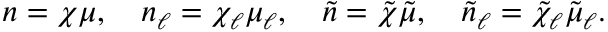
n = \chi \mu , \quad n _ { \ell } = \chi _ { \ell } \mu _ { \ell } , \quad \tilde { n } = \tilde { \chi } \tilde { \mu } , \quad \tilde { n } _ { \ell } = \tilde { \chi } _ { \ell } \tilde { \mu } _ { \ell } .